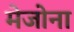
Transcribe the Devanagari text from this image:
मेजोना